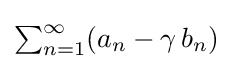
{\textstyle \sum _{n=1}^{\infty }(a_{n}-\gamma \,b_{n})}